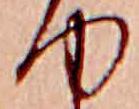
ゆ